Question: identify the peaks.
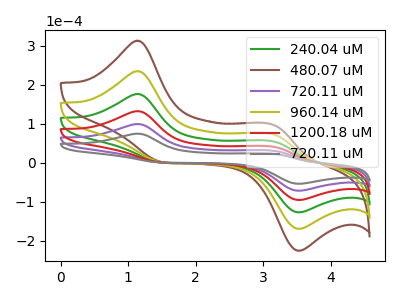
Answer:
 <answer>The green curve "240.04 uM" has anodic peaks at (1.10V, 298.15uA) (3.15V, 93.85uA) and cathodic peaks at (1.55V, 0.50uA) (3.55V, -214.65uA). The brown curve "480.07 uM" has anodic peaks at (1.10V, 496.90uA) (3.15V, 156.40uA) and cathodic peaks at (1.55V, 0.80uA) (3.55V, -357.75uA). The purple curve "720.11 uM" has anodic peaks at (1.10V, 99.40uA) (3.15V, 31.30uA) and cathodic peaks at (1.55V, 0.15uA) (3.55V, -71.55uA). The olive curve "960.14 uM" has anodic peaks at (1.10V, 397.50uA) (3.15V, 125.10uA) and cathodic peaks at (1.55V, 0.65uA) (3.55V, -286.20uA). The red curve "1200.18 uM" has anodic peaks at (1.10V, 198.75uA) (3.15V, 62.55uA) and cathodic peaks at (1.55V, 0.30uA) (3.55V, -143.10uA). The gray curve "720.11 uM" has anodic peaks at (1.10V, 74.60uA) (3.15V, 23.50uA) and cathodic peaks at (1.55V, 0.10uA) (3.55V, -53.70uA).</answer>
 <eval></eval>